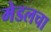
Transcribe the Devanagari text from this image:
मेडलचा